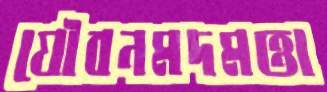
যৌবনমদমত্তা